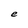
Character: e